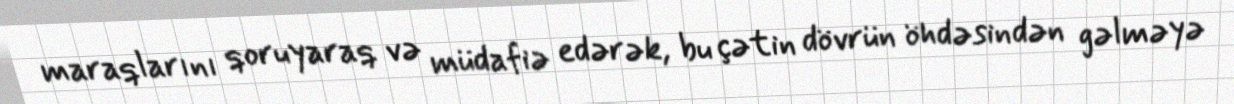
maraqlarını qoruyaraq və müdafiə edərək, bu çətin dövrün öhdəsindən gəlməyə